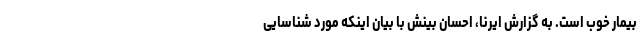
بیمار خوب است. به گزارش ایرنا، احسان بینش با بیان اینکه مورد شناسایی